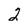
Character: 2